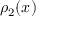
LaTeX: \rho _ { 2 } ( x )